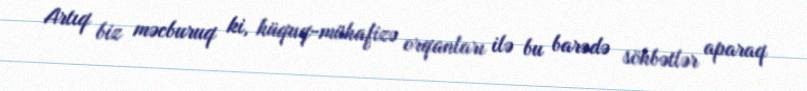
Artıq biz məcburuq ki, hüquq-mühafizə orqanları ilə bu barədə söhbətlər aparaq